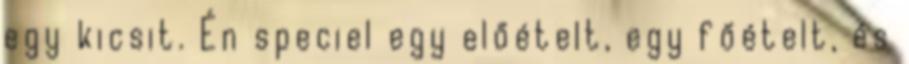
egy kicsit. Én speciel egy előételt, egy főételt, és